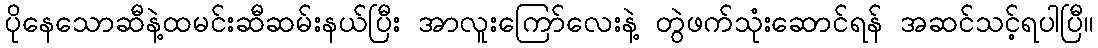
ပိုနေသောဆီနဲ့ထမင်းဆီဆမ်းနယ်ပြီး အာလူးကြော်လေးနဲ့ တွဲဖက်သုံးဆောင်ရန် အဆင်သင့်ရပါပြီ။